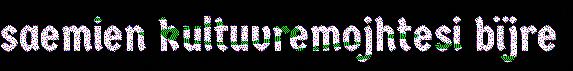
saemien kultuvremojhtesi bïjre